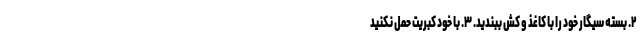
۲. بسته سیگار خود را با کاغذ و کش ببندید. ۳. با خود کبریت حمل نکنید